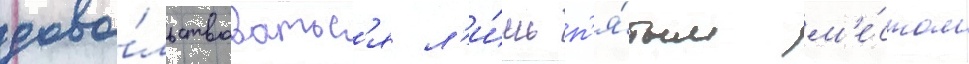
дово́льствоватьс'я л'и́шь п'я́тым м'е́стом